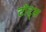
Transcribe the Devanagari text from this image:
टॉट्स